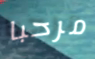
مرحبا